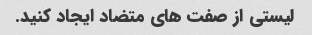
لیستی از صفت های متضاد ایجاد کنید.